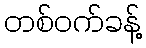
တစ်ဝက်ခန့်